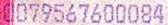
0079567600084